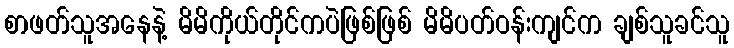
စာဖတ်သူအနေနဲ့ မိမိကိုယ်တိုင်ကပဲဖြစ်ဖြစ် မိမိပတ်ဝန်းကျင်က ချစ်သူခင်သူ